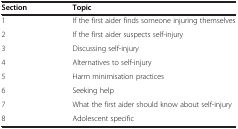
<table><thead><tr><td><b>Section</b></td><td><b>Topic</b></td></tr></thead><tbody><tr><td>1</td><td>If the first aider finds someone injuring themselves</td></tr><tr><td>2</td><td>If the first aider suspects self-injury</td></tr><tr><td>3</td><td>Discussing self-injury</td></tr><tr><td>4</td><td>Alternatives to self-injury</td></tr><tr><td>5</td><td>Harm minimisation practices</td></tr><tr><td>6</td><td>Seeking help</td></tr><tr><td>7</td><td>What the first aider should know about self-injury</td></tr><tr><td>8</td><td>Adolescent specific</td></tr></tbody></table>